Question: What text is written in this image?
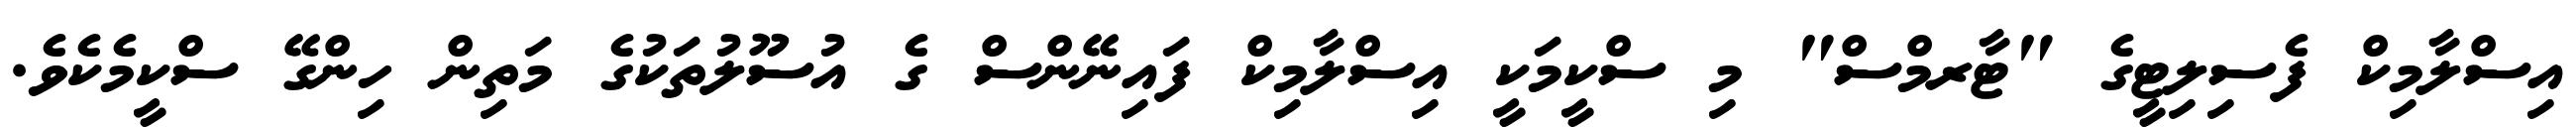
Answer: އިސްލާމިކް ފެސިލިޓީގެ "ޓާރމްސް" މި ސްކީމަކީ އިސްލާމިކް ފައިނޭންސް ގެ އުސޫލުތަކުގެ މަތިން ހިންގޭ ސްކީމެކެވެ.